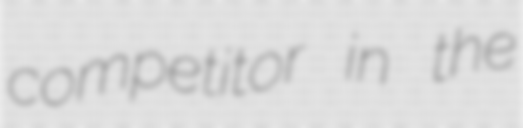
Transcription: competitor in the